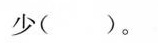
少( )。